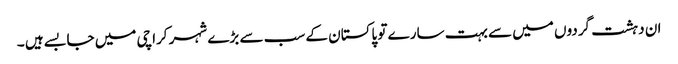
ان دہشت گردوں میں سے بہت سارے تو پاکستان کے سب سے بڑے شہر کراچی میں جا بسے ہیں ۔